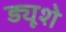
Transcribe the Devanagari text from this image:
ड्यूशे